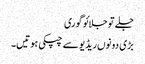
جلے تو جلائو گوری
بڑی دونوں ریڈیو سے چپکی ہوتیں۔